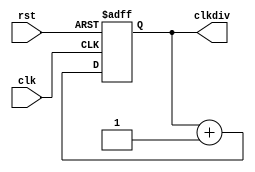
`timescale 1ns/1ps

module clkdiv #(
  parameter DIV_WIDTH = 32
) (
  input clk,
  input rst,
  output reg[DIV_WIDTH-1:0] clkdiv
);

  always @(posedge clk or posedge rst) begin
    if(rst) begin
      // reset counter
      clkdiv <= 0;
    end else begin
      clkdiv <= clkdiv + 1'b1;
    end
  end

endmodule